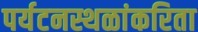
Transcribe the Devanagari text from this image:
पर्यटनस्थळांकरिता